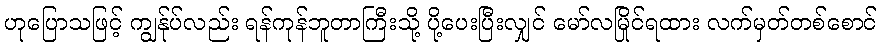
ဟုပြောသဖြင့် ကျွန်ုပ်လည်း ရန်ကုန်ဘူတာကြီးသို့ ပို့ပေးပြီးလျှင် မော်လမြိုင်ရထား လက်မှတ်တစ်စောင်